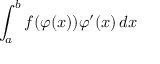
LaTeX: \int _ { a } ^ { b } f ( \varphi ( x ) ) \varphi ^ { \prime } ( x ) \, d x